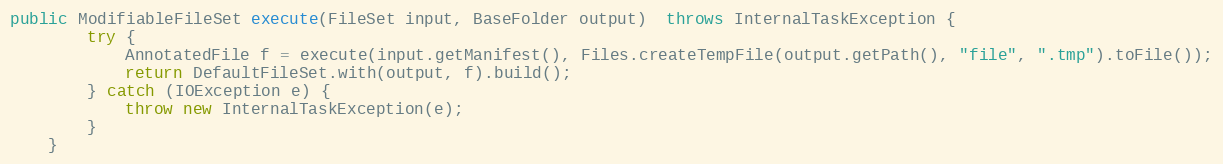
Language: Java
public ModifiableFileSet execute(FileSet input, BaseFolder output)  throws InternalTaskException {
		try {
			AnnotatedFile f = execute(input.getManifest(), Files.createTempFile(output.getPath(), "file", ".tmp").toFile());
			return DefaultFileSet.with(output, f).build();
		} catch (IOException e) {
			throw new InternalTaskException(e);
		}
	}